Problem: 32 ÷ 8 = ?
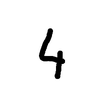
Handwritten answer: 4